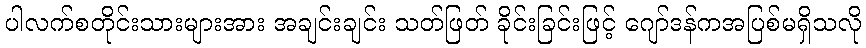
ပါလက်စတိုင်းသားများအား အချင်းချင်း သတ်ဖြတ် ခိုင်းခြင်းဖြင့် ဂျော်ဒန်ကအပြစ်မရှိသလို